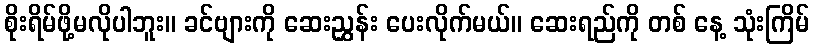
စိုးရိမ်ဖို့မလိုပါဘူး။ ခင်ဗျားကို ဆေးညွှန်း ပေးလိုက်မယ်။ ဆေးရည်ကို တစ် နေ့ သုံးကြိမ်